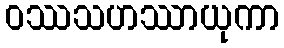
ဝဿသဟဿာယုကာ